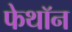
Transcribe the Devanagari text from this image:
फेथॉन